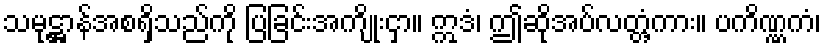
သမုဋ္ဌာန်အစရှိသည်ကို ပြခြင်းအကျိုးငှာ။ ဣဒံ၊ ဤဆိုအပ်လတ္တံ့ကား။ ပကိဏ္ဏကံ၊